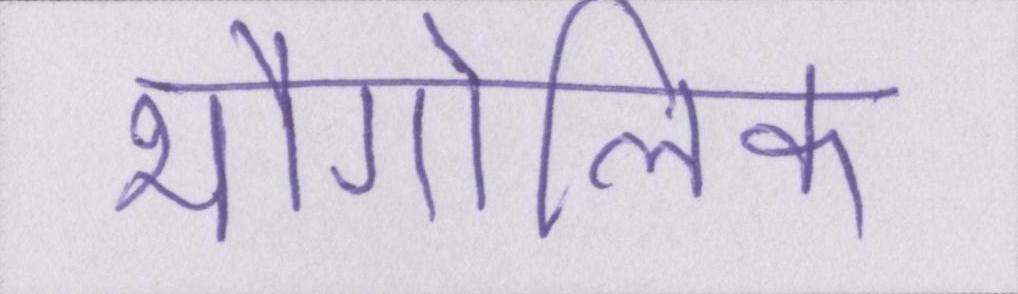
भौगोलिक